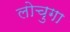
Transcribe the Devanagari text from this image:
लोचुगा